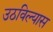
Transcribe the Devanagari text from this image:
उठविल्यास